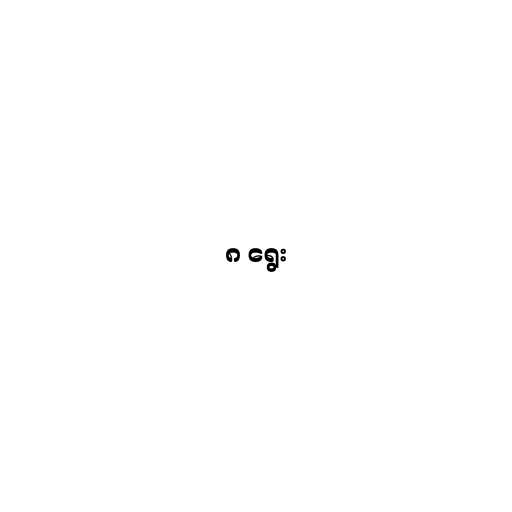
၈ ရွေး